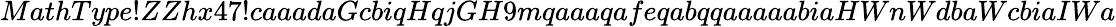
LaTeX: MathType!ZZhx47!caaadaGcbiqHqjGH9mqaaaqafeqabqqaaaaabiaHWnWdbaWcbiaIWa